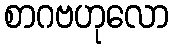
စာဂဗဟုလော